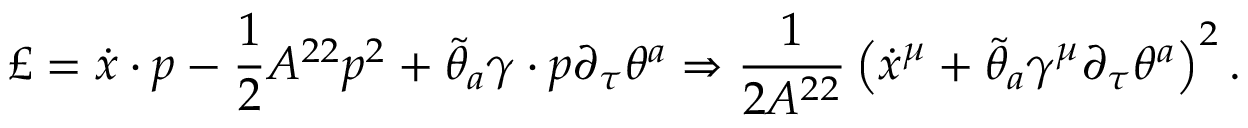
\pounds = \dot { x } \cdot p - \frac { 1 } { 2 } A ^ { 2 2 } p ^ { 2 } + \tilde { \theta } _ { a } \gamma \cdot { p } \partial _ { \tau } \theta ^ { a } \Rightarrow \frac { 1 } { 2 A ^ { 2 2 } } \left( \dot { x } ^ { \mu } + \tilde { \theta } _ { a } \gamma ^ { \mu } \partial _ { \tau } \theta ^ { a } \right) ^ { 2 } .